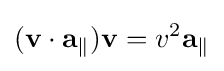
(\mathbf {v} \cdot \mathbf {a} _{\parallel })\mathbf {v} =v^{2}\mathbf {a} _{\parallel }